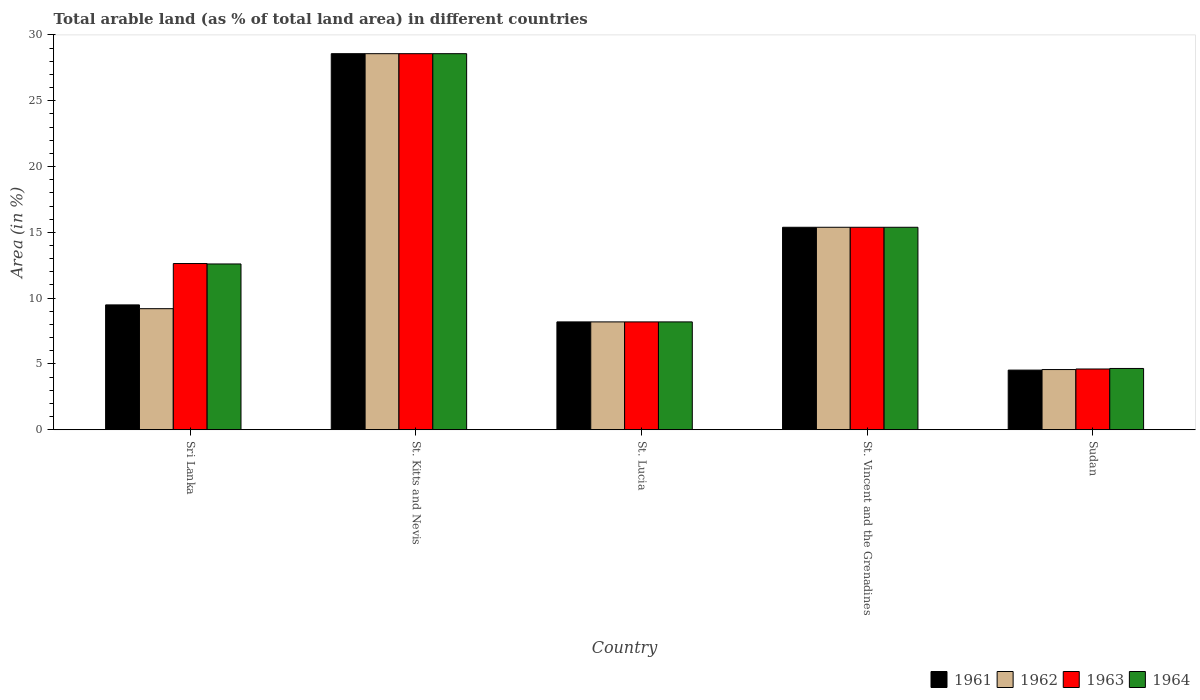
| Country | 1961 | 1962 | 1963 | 1964 |
 | --- | --- | --- | --- | --- |
 | Sri Lanka | 9.49 | 9.2 | 12.6 | 12.6 |
 | St. Kitts and Nevis | 28.6 | 28.6 | 28.6 | 28.6 |
 | St. Lucia | 8.2 | 8.2 | 8.2 | 8.2 |
 | St. Vincent and the Grenadines | 15.4 | 15.4 | 15.4 | 15.4 |
 | Sudan | 4.53 | 4.58 | 4.62 | 4.66 |